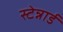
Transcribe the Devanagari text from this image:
स्टेन्नार्ड